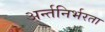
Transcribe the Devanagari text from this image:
अर्न्तनिर्भरता